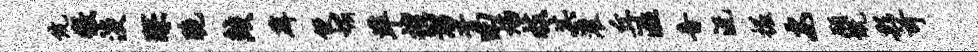
伉徼淡琛脆鲛薜便媚准擅溜胥田焰枝其灌丘溢音沅掘安愿慨彩可